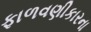
ફાળવણીકારના